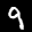
Label: 9